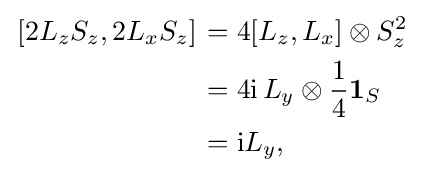
{\begin{aligned}\left.[2L_{z}S_{z},2L_{x}S_{z}]\right.&=4[L_{z},L_{x}]\otimes S_{z}^{2}\\&=4\mathrm {i} \,L_{y}\otimes {\frac {1}{4}}\mathbf {1} _{S}\\&=\mathrm {i} L_{y},\end{aligned}}